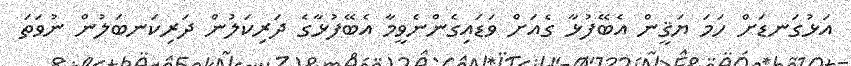
އަޅުގަނޑަށް ހަމަ ޔަޤީން އެބޭފުޅާ ގެއަށް ވަޑައިގެންނެވީމާ އެބޭފުޅާގެ ދަރިކަލުން ދަރިކަނބަލުން ނުވަތަ